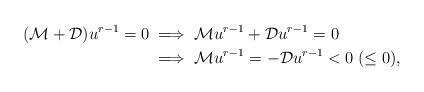
LaTeX: \begin{align*} (\mathcal{M} +\mathcal{D})u^{r-1}=0 & \implies \mathcal{M}u^{r-1} +\mathcal{D}u^{r-1}=0\\ & \implies \mathcal{M}u^{r-1} = -\mathcal{D}u^{r-1} <0\; (\leq 0),\end{align*}